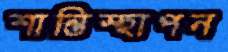
শান্তিস্হাপন